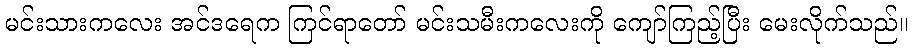
မင်းသားကလေး အင်ဒရေက ကြင်ရာတော် မင်းသမီးကလေးကို ကျော်ကြည့်ပြီး မေးလိုက်သည်။